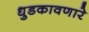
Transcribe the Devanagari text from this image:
धुडकावणारे